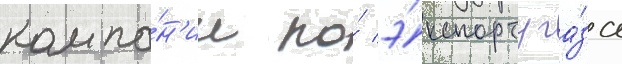
компа́н'ии по́ э́кспорту га́за